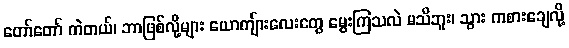
တော်တော် ကဲတယ်၊ ဘာဖြစ်လို့များ ယောကျ်ားလေးတွေ မွေးကြသလဲ မသိဘူး၊ သွား ကစားချေလို့